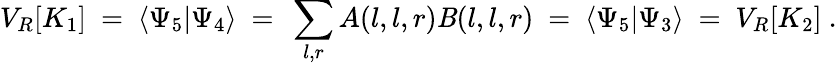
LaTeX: V_{R}[K_{1}]~=~\langle\Psi_{5}|\Psi_{4}\rangle~=~\sum_{l,r}A(l,l,r)\mathit{B}(l,l,r)~=~\langle\Psi_{5}|\Psi_{3}\rangle~=~V_{R}[K_{2}]~.